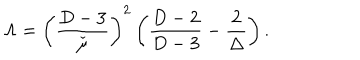
\Lambda = \left( \frac { D - 3 } { \check { \mu } } \right) ^ { 2 } \left( \frac { D - 2 } { D - 3 } - \frac { 2 } { \Delta } \right) .